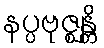
နပ္ပဗုဇ္ဈန္တိ